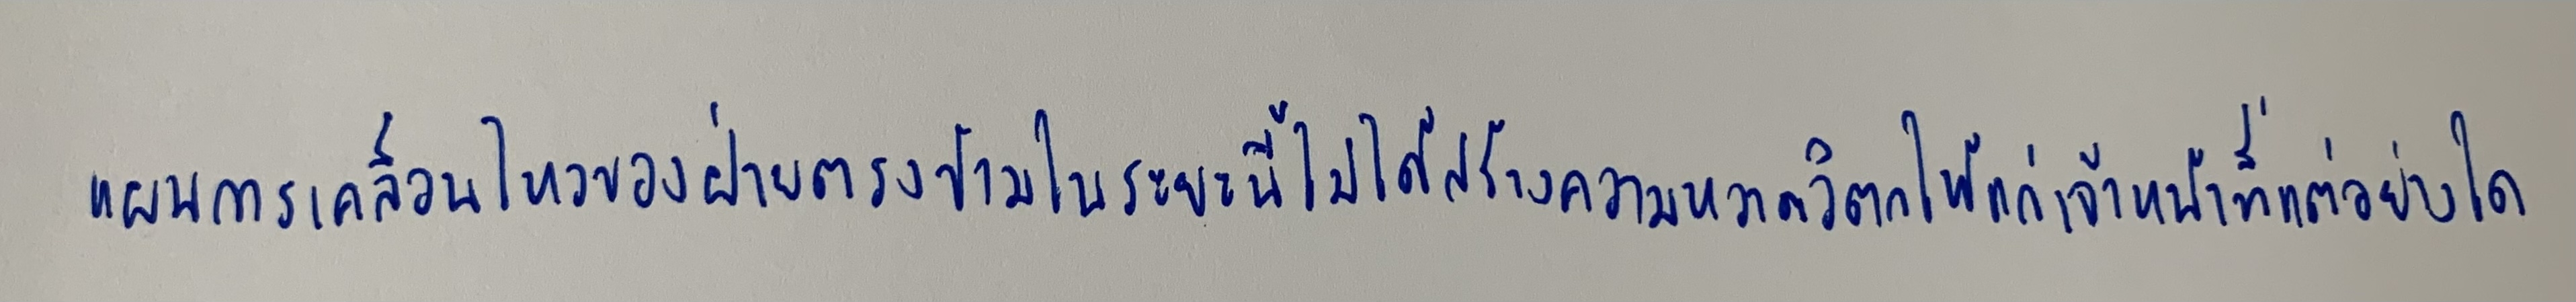
แผนการเคลื่อนไหวของฝ่ายตรงข้ามในระยะนี้ไม่ได้สร้างความหวาดวิตกให้แก่เจ้าหน้าที่แต่อย่างใด